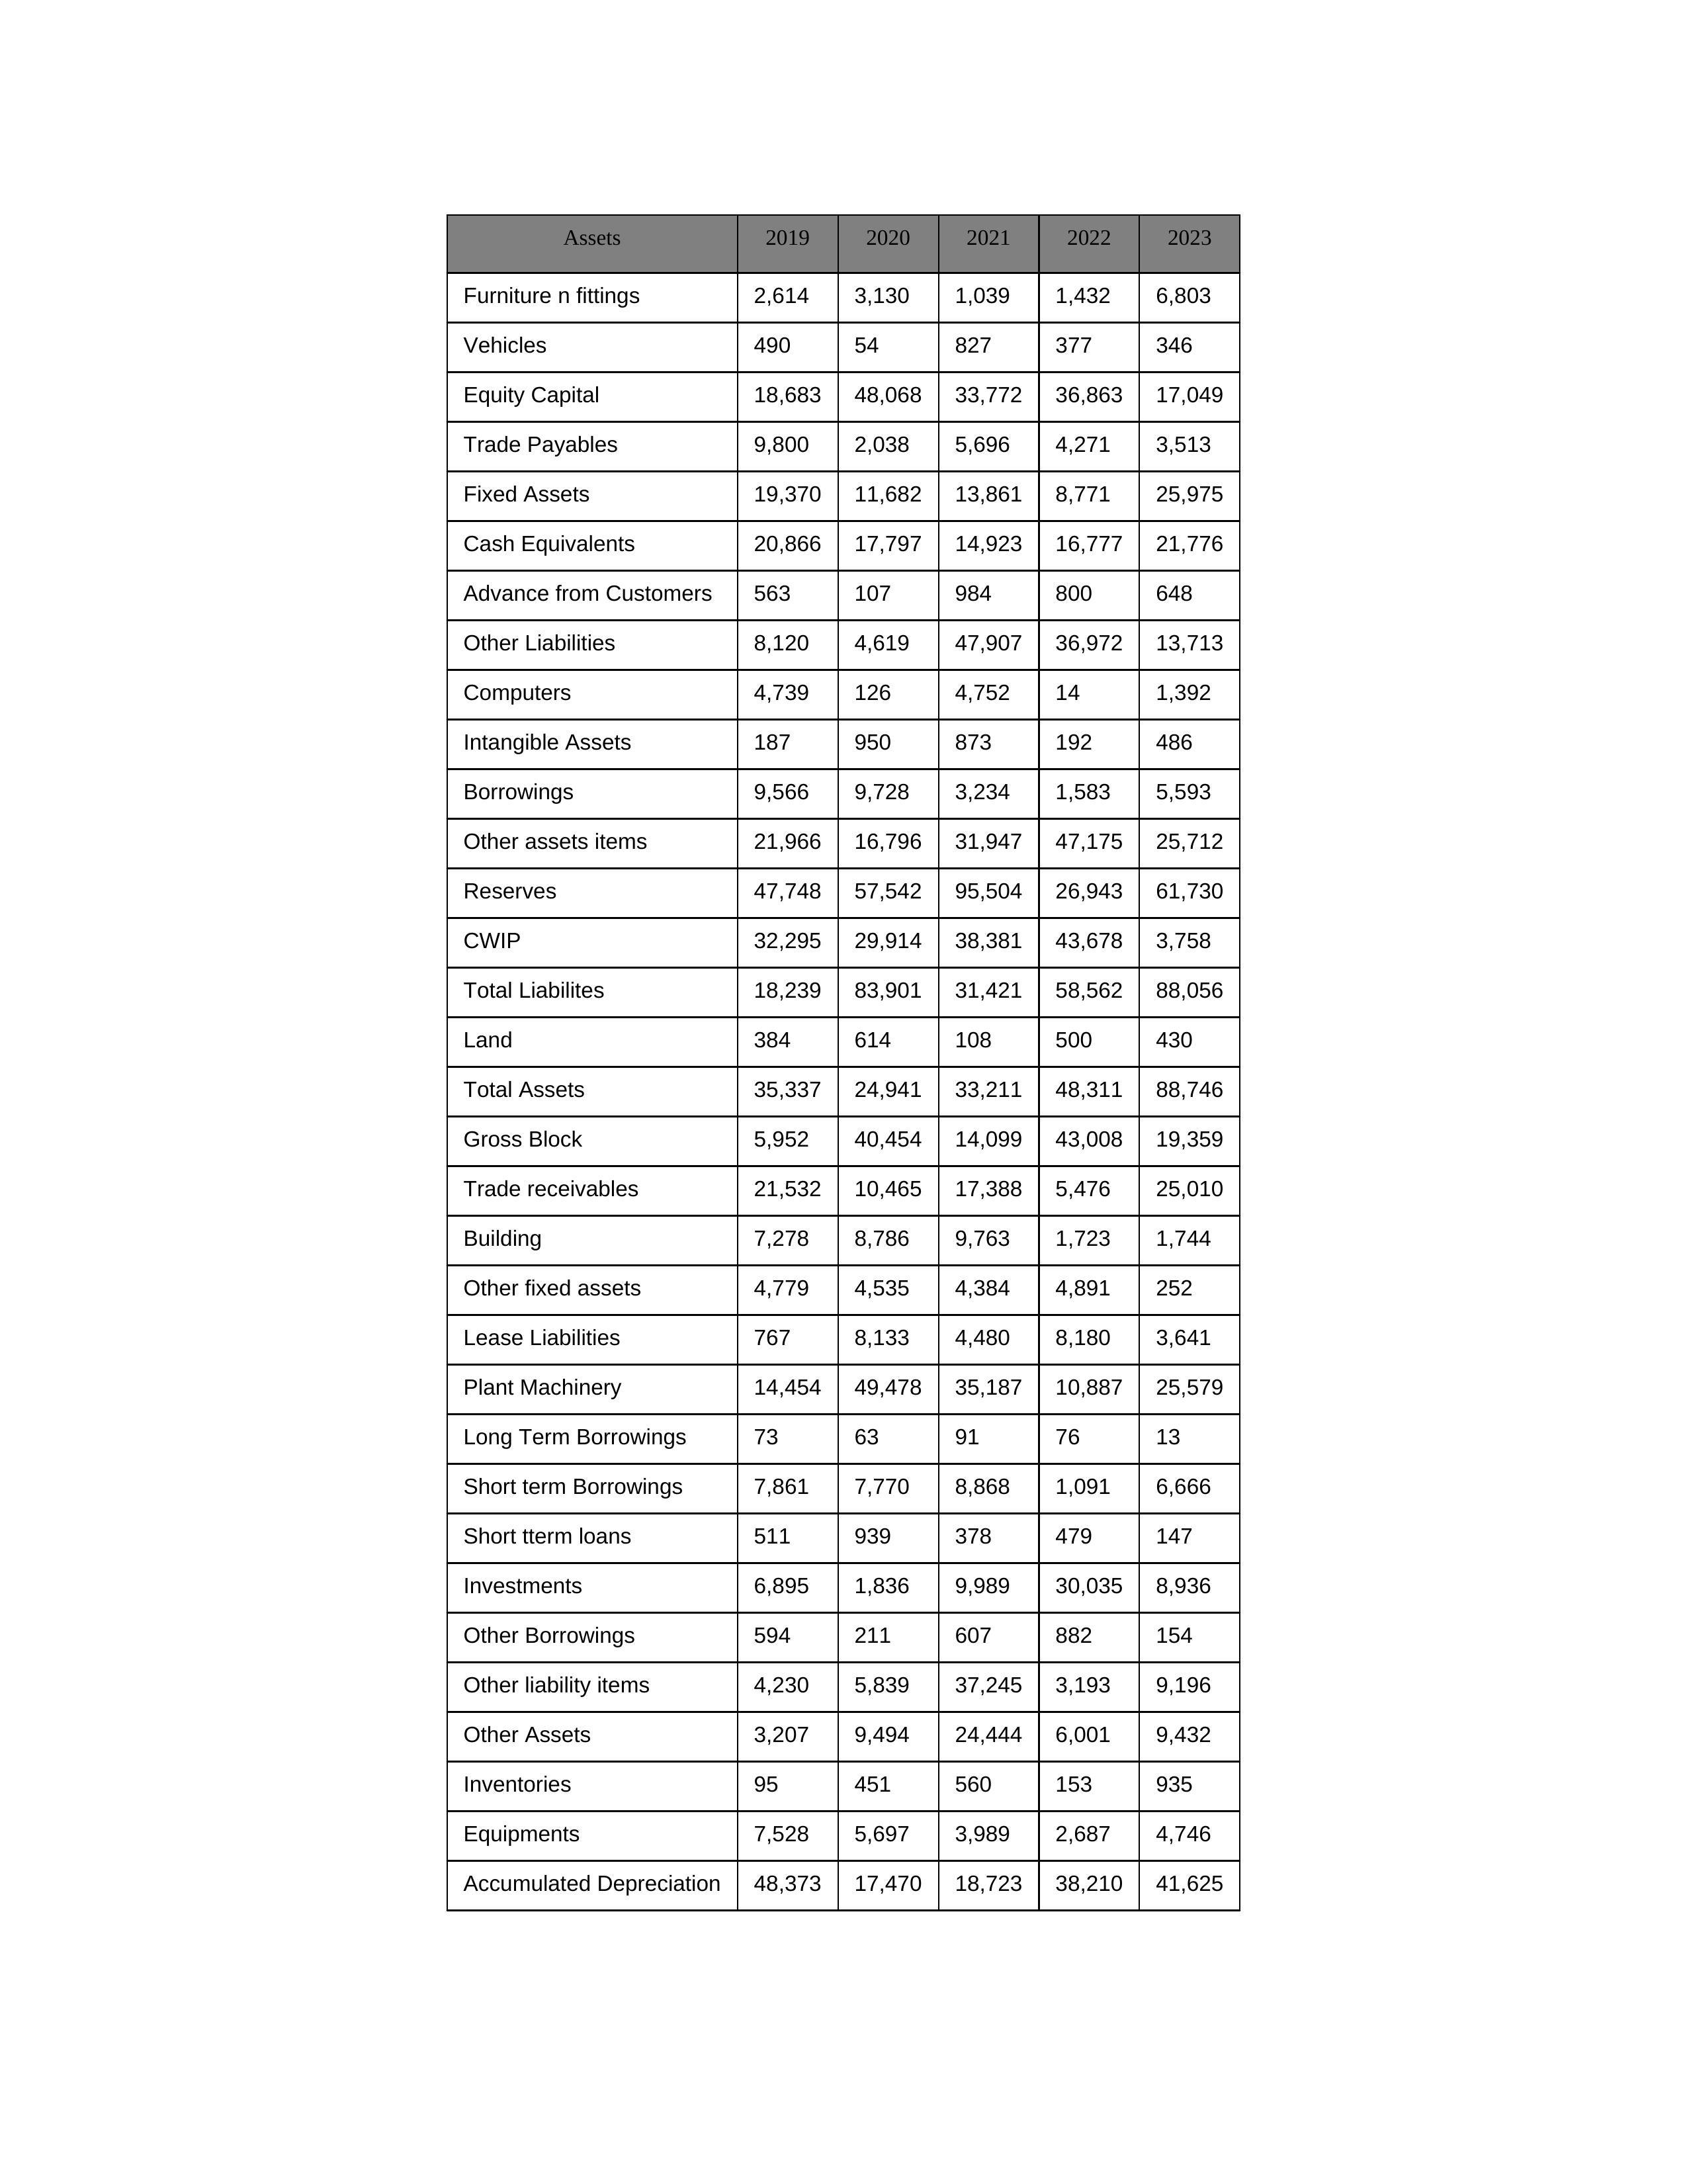
gt_parse: 2019: Equity Capital: 18,683
Reserves: 47,748
Borrowings: 9,566
Long Term Borrowings: 73
Short term Borrowings: 7,861
Lease Liabilities: 767
Other Borrowings: 594
Other Liabilities: 8,120
Trade Payables: 9,800
Advance from Customers: 563
Other liability items: 4,230
Total Liabilites: 18,239
Fixed Assets: 19,370
Land: 384
Building: 7,278
Plant Machinery: 14,454
Equipments: 7,528
Computers: 4,739
Furniture n fittings: 2,614
Vehicles: 490
Intangible Assets: 187
Other fixed assets: 4,779
Gross Block: 5,952
Accumulated Depreciation: 48,373
CWIP: 32,295
Investments: 6,895
Other Assets: 3,207
Inventories: 95
Trade receivables: 21,532
Cash Equivalents: 20,866
Short tterm loans: 511
Other assets items: 21,966
Total Assets: 35,337
2020: Equity Capital: 48,068
Reserves: 57,542
Borrowings: 9,728
Long Term Borrowings: 63
Short term Borrowings: 7,770
Lease Liabilities: 8,133
Other Borrowings: 211
Other Liabilities: 4,619
Trade Payables: 2,038
Advance from Customers: 107
Other liability items: 5,839
Total Liabilites: 83,901
Fixed Assets: 11,682
Land: 614
Building: 8,786
Plant Machinery: 49,478
Equipments: 5,697
Computers: 126
Furniture n fittings: 3,130
Vehicles: 54
Intangible Assets: 950
Other fixed assets: 4,535
Gross Block: 40,454
Accumulated Depreciation: 17,470
CWIP: 29,914
Investments: 1,836
Other Assets: 9,494
Inventories: 451
Trade receivables: 10,465
Cash Equivalents: 17,797
Short tterm loans: 939
Other assets items: 16,796
Total Assets: 24,941
2021: Equity Capital: 33,772
Reserves: 95,504
Borrowings: 3,234
Long Term Borrowings: 91
Short term Borrowings: 8,868
Lease Liabilities: 4,480
Other Borrowings: 607
Other Liabilities: 47,907
Trade Payables: 5,696
Advance from Customers: 984
Other liability items: 37,245
Total Liabilites: 31,421
Fixed Assets: 13,861
Land: 108
Building: 9,763
Plant Machinery: 35,187
Equipments: 3,989
Computers: 4,752
Furniture n fittings: 1,039
Vehicles: 827
Intangible Assets: 873
Other fixed assets: 4,384
Gross Block: 14,099
Accumulated Depreciation: 18,723
CWIP: 38,381
Investments: 9,989
Other Assets: 24,444
Inventories: 560
Trade receivables: 17,388
Cash Equivalents: 14,923
Short tterm loans: 378
Other assets items: 31,947
Total Assets: 33,211
2022: Equity Capital: 36,863
Reserves: 26,943
Borrowings: 1,583
Long Term Borrowings: 76
Short term Borrowings: 1,091
Lease Liabilities: 8,180
Other Borrowings: 882
Other Liabilities: 36,972
Trade Payables: 4,271
Advance from Customers: 800
Other liability items: 3,193
Total Liabilites: 58,562
Fixed Assets: 8,771
Land: 500
Building: 1,723
Plant Machinery: 10,887
Equipments: 2,687
Computers: 14
Furniture n fittings: 1,432
Vehicles: 377
Intangible Assets: 192
Other fixed assets: 4,891
Gross Block: 43,008
Accumulated Depreciation: 38,210
CWIP: 43,678
Investments: 30,035
Other Assets: 6,001
Inventories: 153
Trade receivables: 5,476
Cash Equivalents: 16,777
Short tterm loans: 479
Other assets items: 47,175
Total Assets: 48,311
2023: Equity Capital: 17,049
Reserves: 61,730
Borrowings: 5,593
Long Term Borrowings: 13
Short term Borrowings: 6,666
Lease Liabilities: 3,641
Other Borrowings: 154
Other Liabilities: 13,713
Trade Payables: 3,513
Advance from Customers: 648
Other liability items: 9,196
Total Liabilites: 88,056
Fixed Assets: 25,975
Land: 430
Building: 1,744
Plant Machinery: 25,579
Equipments: 4,746
Computers: 1,392
Furniture n fittings: 6,803
Vehicles: 346
Intangible Assets: 486
Other fixed assets: 252
Gross Block: 19,359
Accumulated Depreciation: 41,625
CWIP: 3,758
Investments: 8,936
Other Assets: 9,432
Inventories: 935
Trade receivables: 25,010
Cash Equivalents: 21,776
Short tterm loans: 147
Other assets items: 25,712
Total Assets: 88,746